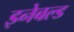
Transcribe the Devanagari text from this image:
इनेबल्ड